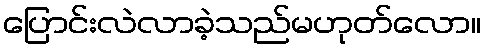
ပြောင်းလဲလာခဲ့သည်မဟုတ်လော။